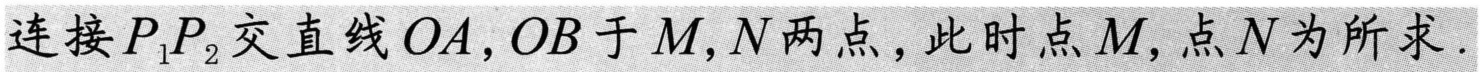
连接\(P_1P_2\)交直线\(OA,OB\)于\(M,N\)两点，此时点\(M\)，点\(N\)为所求.